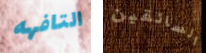
التافهه السائقين